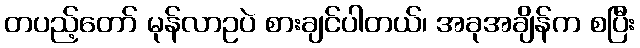
တပည့်တော် မုန်လာဥပဲ စားချင်ပါတယ်၊ အခုအချိန်က စပြီး